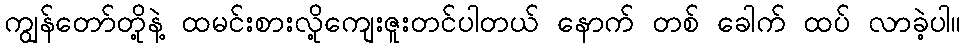
ကျွန်တော်တို့နဲ့ ထမင်းစားလို့ကျေးဇူးတင်ပါတယ် နောက် တစ် ခေါက် ထပ် လာခဲ့ပါ။